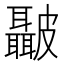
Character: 𭽺